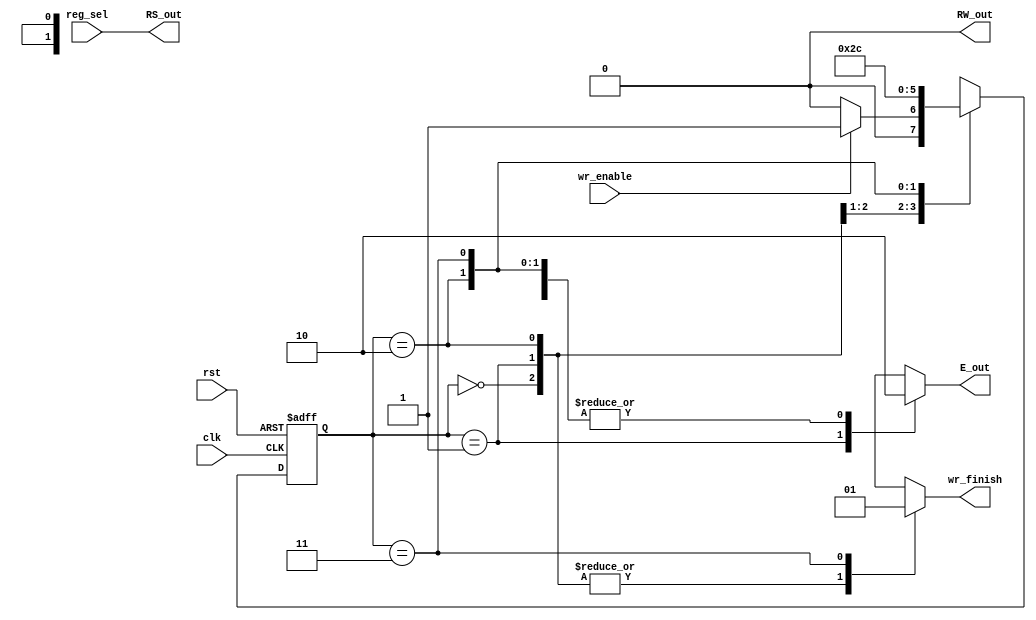
`timescale 1ns / 1ps
//////////////////////////////////////////////////////////////////////////////////
// Company: 
// Engineer: 
// 
// Design Name: 
// Module Name:    write_cycle 
// Project Name: 
// Target Devices: 
// Tool versions: 
// Description: 
//
// Dependencies: 
//
// Revision: 
// Revision 0.01 - File Created
// Additional Comments: 
//
//////////////////////////////////////////////////////////////////////////////////
module write_cycle(input clk, rst, wr_enable,reg_sel, output reg wr_finish, E_out, output RW_out, RS_out   
    );
	 localparam 
	 init = 2'b01,
	 Eout =2'b10,
	 endwr= 2'b11,
	 idle= 2'b00;
	  
	 reg [1:0] st;
	 reg [1:0] nst;
	 
	 
	 always @(posedge clk, posedge rst)
		if(rst)
			st<=idle;
		else
			st<=nst;
	always @* begin
		wr_finish=0;
		nst=idle;
		E_out=0;
		case(st)
			idle : begin
				wr_finish=0;
				nst=wr_enable?init:idle;
			end
			init: begin
				E_out=1;
				nst=Eout;
			end
			Eout:
				nst=endwr;
			endwr: begin
			E_out=0;
			wr_finish=1;
			nst=idle;
			end
		endcase
	end
	assign RS_out=reg_sel;
	assign RW_out=0;
endmodule